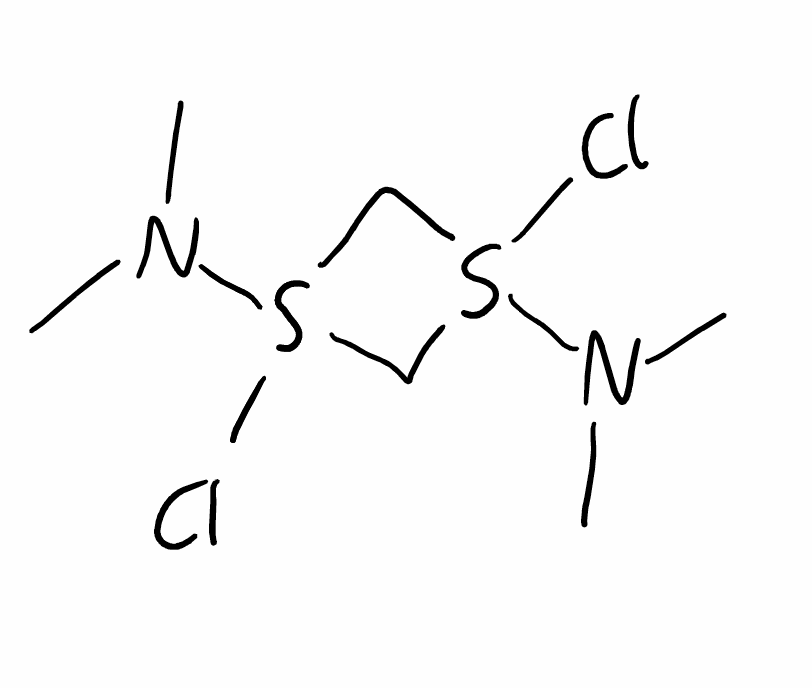
Simplified molecular-input line-entry system (SMILES) notation of the given molecule:
CN(C)S1(CS(C1)(N(C)C)Cl)Cl